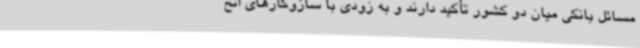
مسائل بانکی میان دو کشور تأکید دارند و به‌ زودی با سازوکارهای اتخ